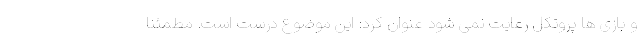
و بازی ها پروتکل رعایت نمی شود عنوان کرد: این موضوع درست است. مطمئنا